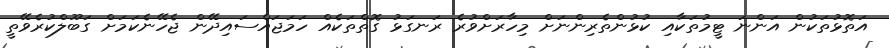
އަތޮޅުތަކުން އަންނަ ޓީމުތަކާއި ކުޅުންތެރިންނަށް މިހާރަށްވުރެ ރަނގަޅު ގޮތްތަކެއް ހަމަޖައްސައިދޭން ޖެހޭނެކަމަށް ގަބޫލްކުރެވޭތީ